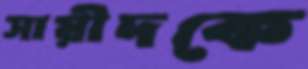
সায়ীদকে